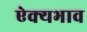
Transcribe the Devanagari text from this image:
ऐक्यभाव